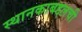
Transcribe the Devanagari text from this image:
स्थानकाबद्दलची